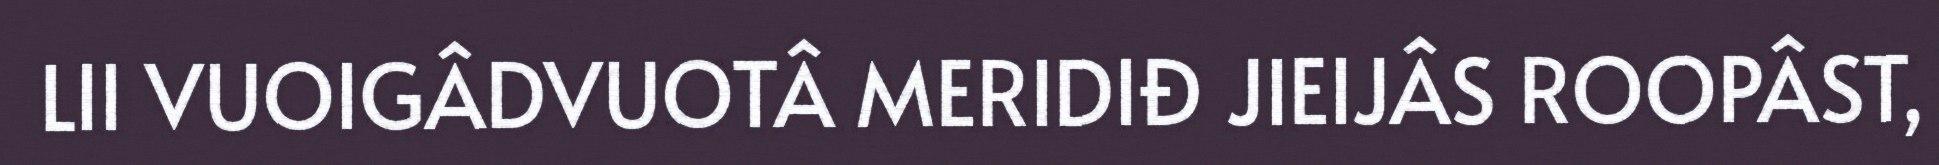
LII VUOIGÂDVUOTÂ MERIDIĐ JIEIJÂS ROOPÂST,